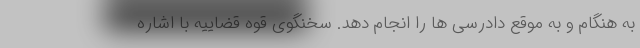
به هنگام و به موقع دادرسی ها را انجام دهد. سخنگوی قوه قضاییه با اشاره